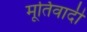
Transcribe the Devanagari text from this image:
मूर्तिवादी